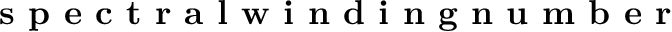
\textbf { s p e c t r a l w i n d i n g n u m b e r }